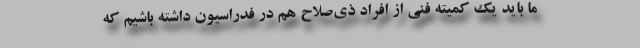
ما باید یک کمیته فنی از افراد ذی‌صلاح هم در فدراسیون داشته باشیم که